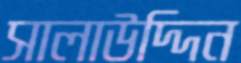
সালাউদ্দিন